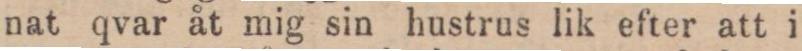
nat qvar åt mig sin hustrus lik efter att i